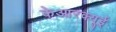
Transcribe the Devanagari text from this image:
केआरक्यूई